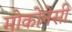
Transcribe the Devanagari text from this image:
मोकोनेसी